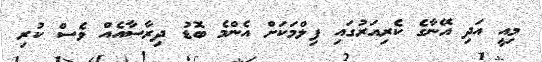
މިއީ އަދި އޭނާގެ ކެރިއަރުގައި ފިލްމަކަށް އެންމެ ބޮޑު ދިރާސާއެއް ވެސް ކުރި